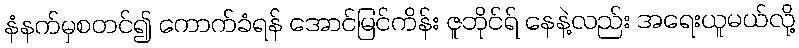
နံနက်မှစတင်၍ ကောက်ခံရန် အောင်မြင်ကိန်း ဇူဘိုင်ရ် နေနဲ့လည်း အရေးယူမယ်လို့